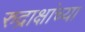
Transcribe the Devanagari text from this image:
रुद्राक्षांच्या